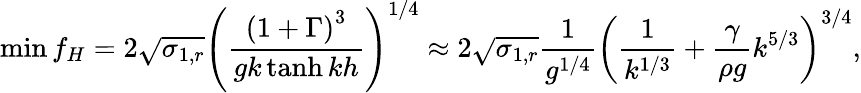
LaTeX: \operatorname*{min}{f_{H}}=2\sqrt{\sigma_{1,r}}\left(\frac{\left(1+\Gamma\right)^{3}}{gk\operatorname{tanh}{kh}}\right)^{1/4}\approx 2\sqrt{\sigma_{1,r}}\frac{1}{g^{1/4}}\left(\frac{1}{k^{1/3}}+\frac{\gamma}{\rho g}k^{5/3}\right)^{3/4},